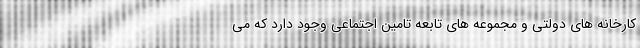
کارخانه های دولتی و مجموعه های تابعه تامین اجتماعی وجود دارد که می